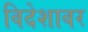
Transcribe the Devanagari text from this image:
विदेशावर